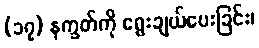
(၁၇) နက္ခတ်ကို ရွေးချယ်ပေးခြင်း၊